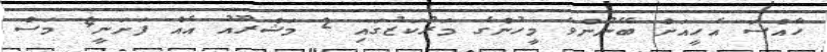
ހާއްސަ އެހީއަށް ބޭނުންވާ މީހުންގެ މަރުކަޒުގައި 2 މަޝްރޫއު އެއް ފަށަނީ4 މަސް